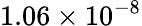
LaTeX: {1.06\times 10^{-8}}